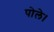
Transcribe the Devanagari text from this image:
पोले।